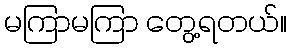
မကြာမကြာ တွေ့ရတယ်။